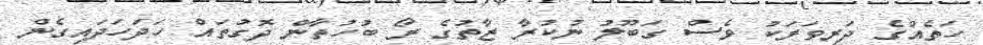
ހަތެއްގެ ދަރިވަރަކު ވެސް ގަބޫލު ނުކުރާ ޒާތުގެ ރޯ ބުހުތާން ދޮގުތައް ހަދަހަދައިގެން